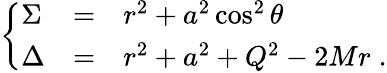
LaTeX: \left\{ \begin{array}{lcl}{{\Sigma}}&{{=}}&{{r^{2}+a^{2}\cos^{2}\theta}}\\ {{\Delta}}&{{=}}&{{r^{2}+a^{2}+Q^{2}-2Mr\; .}}\end{array}\right.